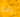
إنه